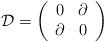
LaTeX: \begin{align*}\mathcal{D}=\left( \begin{array}{cc}0 & \partial \\\partial & 0\end{array}\right)\end{align*}